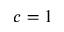
c = 1